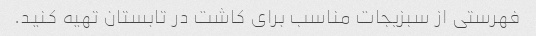
فهرستی از سبزیجات مناسب برای کاشت در تابستان تهیه کنید.